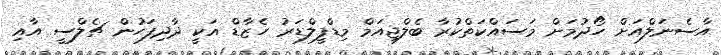
އާސެނަލްއަށް ހޯދުމަށް މަސައްކަތްކުރާ ބެލްޖިއަމް މިޑްފީލްޑަރު ހެޒާޑް އަކީ ދާދިފަހުން ޗެލްސީ އާއި